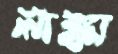
লাঙ্কা